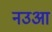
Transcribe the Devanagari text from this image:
नउआ